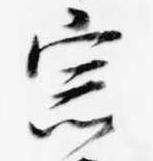
宗